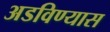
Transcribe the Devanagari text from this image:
अडविण्यास